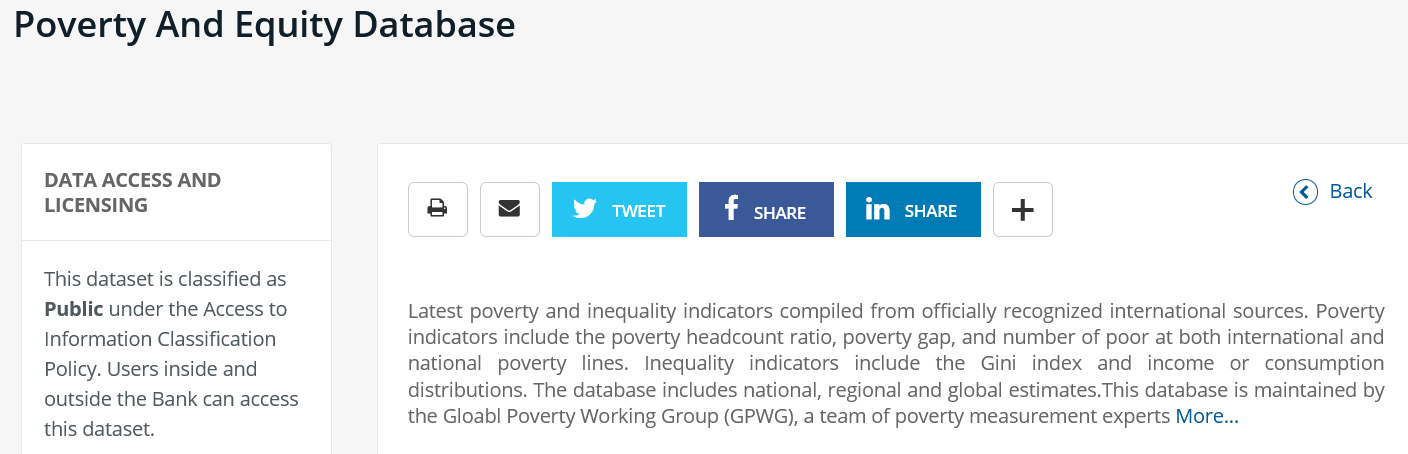
Poverty    And    Equity    Database
     DATA  ACCESS AND
     LICENSING
     This dataset is classified as
     Public under the Access to
     Information Classification
     Policy. Users inside and
     outside the Bank can access
     this dataset.
     L  Aas    f  SHARE   |    at
     ©)  Back
     Latest poverty and inequality indicators compiled from officially recognized international sources. Poverty
     indicators include the poverty headcount ratio, poverty gap, and number of poor at both international and
     national poverty lines. Inequality indicators include the Gini index and income  or consumption
     distributions. The database includes national, regional and global estimates.This database is maintained by
     the Gloabl Poverty Working Group (GPWG), a team of poverty measurement experts More...